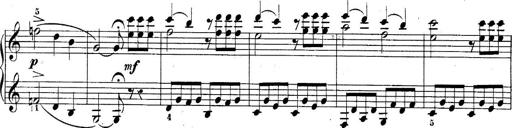
Title: 10 Sonatines progressives
Composer: Anton Schmoll